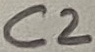
Text: C2